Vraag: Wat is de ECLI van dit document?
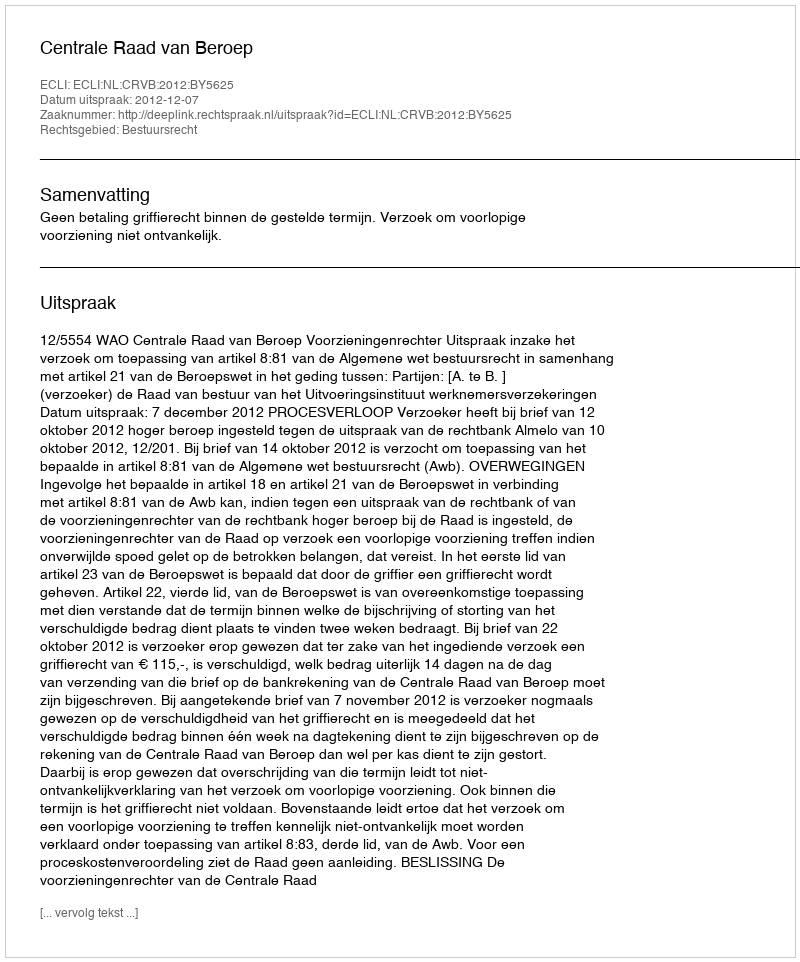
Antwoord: ECLI:NL:CRVB:2012:BY5625